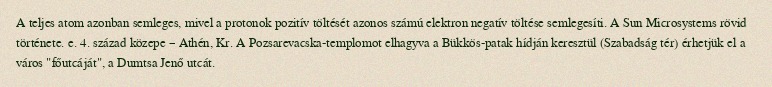
A teljes atom azonban semleges, mivel a protonok pozitív töltését azonos számú elektron negatív töltése semlegesíti. A Sun Microsystems rövid története. e. 4. század közepe – Athén, Kr. A Pozsarevacska-templomot elhagyva a Bükkös-patak hídján keresztül (Szabadság tér) érhetjük el a város "főutcáját", a Dumtsa Jenő utcát.